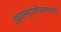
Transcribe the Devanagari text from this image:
इक्ष्यलमुपजीज्यमानानां